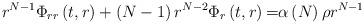
LaTeX: \begin{align*}{\normalsize r^{N-1}\Phi}_{rr}\left( {\normalsize t,r}\right) +\left(N-1\right) r^{N-2}\Phi_{r}\left( {\normalsize t,r}\right) {\normalsize =}\alpha\left( N\right) {\normalsize \rho r^{N-1}}\end{align*}